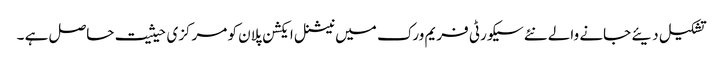
تشکیل دیئے جانے والے نئے سیکورٹی فریم ورک میں نیشنل ایکشن پلان کو مرکزی حیثیت حاصل ہے ۔